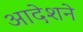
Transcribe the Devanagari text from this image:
आदेशने